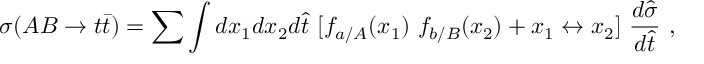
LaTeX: \sigma ( A B \rightarrow t \bar { t } ) = \sum \int d x _ { 1 } d x _ { 2 } d \hat { t } ~ \lbrack f _ { a / A } ( x _ { 1 } ) ~ f _ { b / B } ( x _ { 2 } ) + x _ { 1 } \leftrightarrow x _ { 2 } \rbrack ~ { \frac { d \hat { \sigma } } { d \hat { t } } } ~ ,